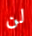
لن